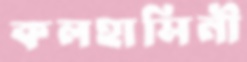
কলহাসিনী